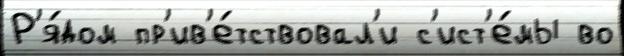
Р'я́дом пр'ив'е́тствовал'и с'ист'е́мы во